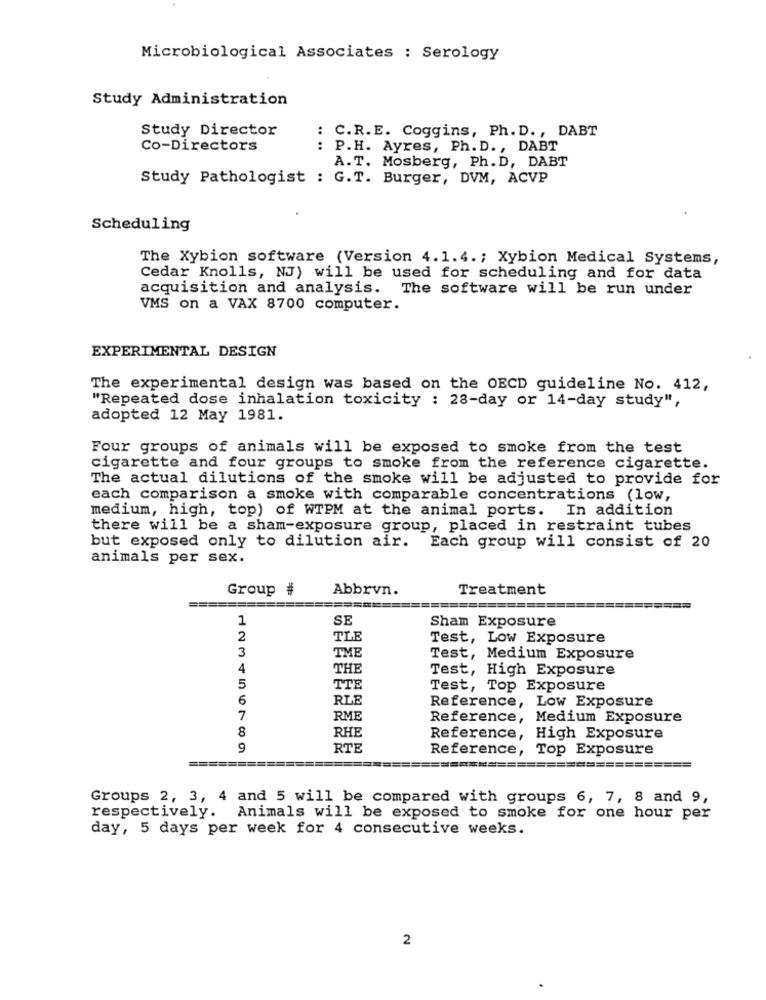
Microbiological Associates : Serology
Study Administration
Study Director
: C.R.E. Coggins, Ph. D ., DABT
Co-Directors
: P.H. Ayres, Ph. D ., DABT
A.T. Mosberg, Ph. D, DABT
Study Pathologist : G.T. Burger, DVM, ACVP
Scheduling
The Xybion software (Version 4.1.4. ; Xybion Medical Systems,
Cedar Knolls, NJ) will be used for scheduling and for data
acquisition and analysis. The software will be run under
VMS on a VAX 8700 computer.
EXPERIMENTAL DESIGN
The experimental design was based on the OECD guideline No. 412,
"Repeated dose inhalation toxicity : 28-day or 14-day study",
adopted 12 May 1981.
Four groups of animals will be exposed to smoke from the test
cigarette and four groups to smoke from the reference cigarette.
The actual dilutions of the smoke will be adjusted to provide for
each comparison a smoke with comparable concentrations (low,
medium, high, top) of WTPM at the animal ports. In addition
there will be a sham-exposure group, placed in restraint tubes
but exposed only to dilution air. Each group will consist of 20
animals per sex.
Group #
Abbrvn.
Treatment
1
SE
Sham Exposure
2
TLE
Test, Low Exposure
TME
3
Test, Medium Exposure
4
THE
Test, High Exposure
5
TTE
Test, Top Exposure
6
RLE
Reference, Low Exposure
7
RME
Reference, Medium Exposure
8
RHE
Reference, High Exposure
9
RTE
Reference, Top Exposure
Groups 2, 3, 4 and 5 will be compared with groups 6, 7, 8 and 9,
respectively. Animals will be exposed to smoke for one hour per
day, 5 days per week for 4 consecutive weeks.
2